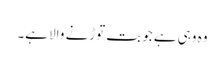
وہ وہی ہے جو بت توڑنے والا ہے۔